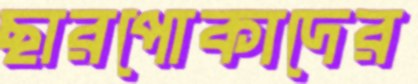
ছারপোকাদের